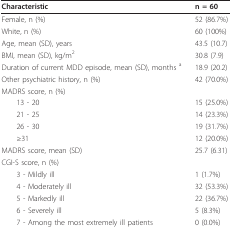
<table><thead><tr><td><b>Characteristic</b></td><td><b>n = 60</b></td></tr></thead><tbody><tr><td>Female, n (%)</td><td>52 (86.7%)</td></tr><tr><td>White, n (%)</td><td>60 (100%)</td></tr><tr><td>Age, mean (SD), years</td><td>43.5 (10.7)</td></tr><tr><td>BMI, mean (SD), kg/m<sup>2</sup></td><td>30.8 (7.9)</td></tr><tr><td>Duration of current MDD episode, mean (SD), months <sup>a</sup></td><td>18.9 (20.2)</td></tr><tr><td>Other psychiatric history, n (%)</td><td>42 (70.0%)</td></tr><tr><td>MADRS score, n (%)</td><td></td></tr><tr><td> 13 - 20</td><td>15 (25.0%)</td></tr><tr><td> 21 - 25</td><td>14 (23.3%)</td></tr><tr><td> 26 - 30</td><td>19 (31.7%)</td></tr><tr><td> ≥31</td><td>12 (20.0%)</td></tr><tr><td>MADRS score, mean (SD)</td><td>25.7 (6.31)</td></tr><tr><td>CGI-S score, n (%)</td><td></td></tr><tr><td> 3 - Mildly ill</td><td>1 (1.7%)</td></tr><tr><td> 4 - Moderately ill</td><td>32 (53.3%)</td></tr><tr><td> 5 - Markedly ill</td><td>22 (36.7%)</td></tr><tr><td> 6 - Severely ill</td><td>5 (8.3%)</td></tr><tr><td> 7 - Among the most extremely ill patients</td><td>0 (0.0%)</td></tr></tbody></table>